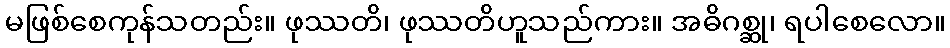
မဖြစ်စေကုန်သတည်း။ ဖုဿတိ၊ ဖုဿတိဟူသည်ကား။ အဓိဂစ္ဆု၊ ရပါစေလော။